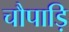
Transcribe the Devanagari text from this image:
चौपाड़ि